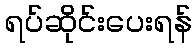
ရပ်ဆိုင်းပေးရန်